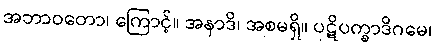
အဘာဝတော၊ ကြောင့်။ အနာဒိ၊ အစမရှိ။ ပဋိပက္ခာဒိဂမေ၊